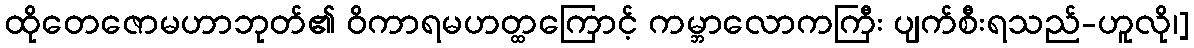
ထိုတေဇောမဟာဘုတ်၏ ဝိကာရမဟတ္ထကြောင့် ကမ္ဘာလောကကြီး ပျက်စီးရသည်-ဟူလို၊]